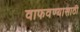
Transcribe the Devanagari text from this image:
वाफवण्यासाठी